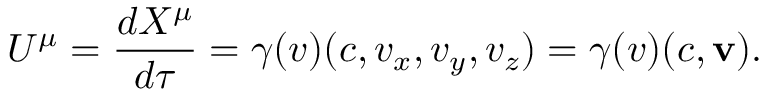
U ^ { \mu } = { \frac { d X ^ { \mu } } { d \tau } } = \gamma ( v ) ( c , v _ { x } , v _ { y } , v _ { z } ) = \gamma ( v ) ( c , \mathbf { v } ) .